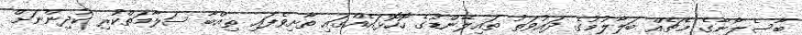
ބާސެލޯނާގެ މެޗެއް ބަލާލުމުގެ ދައުވަތު ތައިލޭންޑުގެ ހޮހޮޅައެއްގައި ތާށިވެފައި ތިއްބާ ސަލާމަތްކުރި ކުދިންނަށް